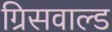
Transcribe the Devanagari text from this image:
ग्रिसवाल्ड